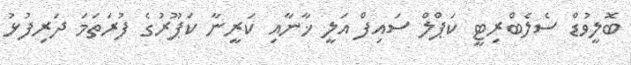
ބޮލީވުޑް ސެލެބްރިޓީ ކަޕްލް ސައިފް އަލީ ޚާނާއި ކަރީނާ ކަޕޫރުގެ ފުރަތަމަ ދަރިފުޅު